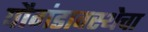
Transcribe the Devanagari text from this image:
पौगंडावस्थेचा